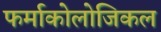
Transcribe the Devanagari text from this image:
फर्माकोलोजिकल